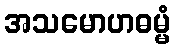
အသမောဟဓမ္မံ